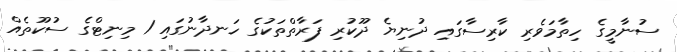
ސުނާމީގެ ހިތާމަވެރި ކާރިސާގައި ދުނިޔެ ދޫކުރި ފަރާތްތަކުގެ ހަނދާނުގައި 1 މިނިޓްގެ ސުކޫތެއް